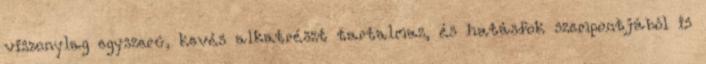
viszonylag egyszerû, kevés alkatrészt tartalmaz, és hatásfok szempontjából is